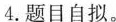
4.题目自拟。